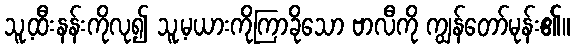
သူ့ထီးနန်းကိုလု၍ သူ့မယားကိုကြာခိုသော ဗာလီကို ကျွန်တော်မုန်း၏။